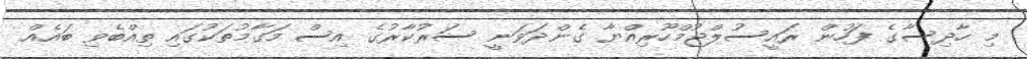
މި ހާދިސާގެ ފަހުން ރައީސުލްޖުމްހޫރިއްޔާ ގެންދަވަނީ ސަރުކާރުގެ އިސް މަގާމުތަކުގައި ތިއްބެވި ބައެއް